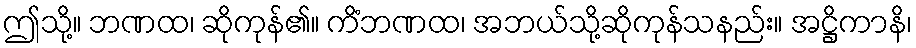
ဤသို့။ ဘဏထ၊ ဆိုကုန်၏။ ကိံဘဏထ၊ အဘယ်သို့ဆိုကုန်သနည်း။ အဋ္ဌိကာနိ၊